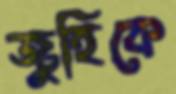
জুহিকে